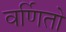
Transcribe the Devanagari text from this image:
वर्णितो